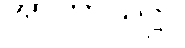
အာကာသဋ္ဌာ